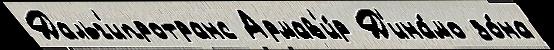
Дальг'ипротранс Армав'и́р Д'ина́мо зо́на